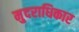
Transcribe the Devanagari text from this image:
मु्दराधिकार